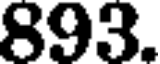
893.